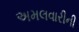
અમલવારીની